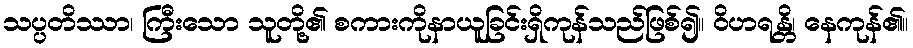
သပ္ပတိဿာ၊ ကြီးသော သူတို့၏ စကားကိုနာယူခြင်းရှိကုန်သည်ဖြစ်၍။ ဝိဟရန္တိ၊ နေကုန်၏။